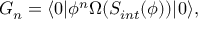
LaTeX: { \cal G } _ { n } = \langle 0 | \phi ^ { n } \Omega ( S _ { i n t } ( \phi ) ) | 0 \rangle ,